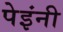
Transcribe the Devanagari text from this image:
पेइंनी